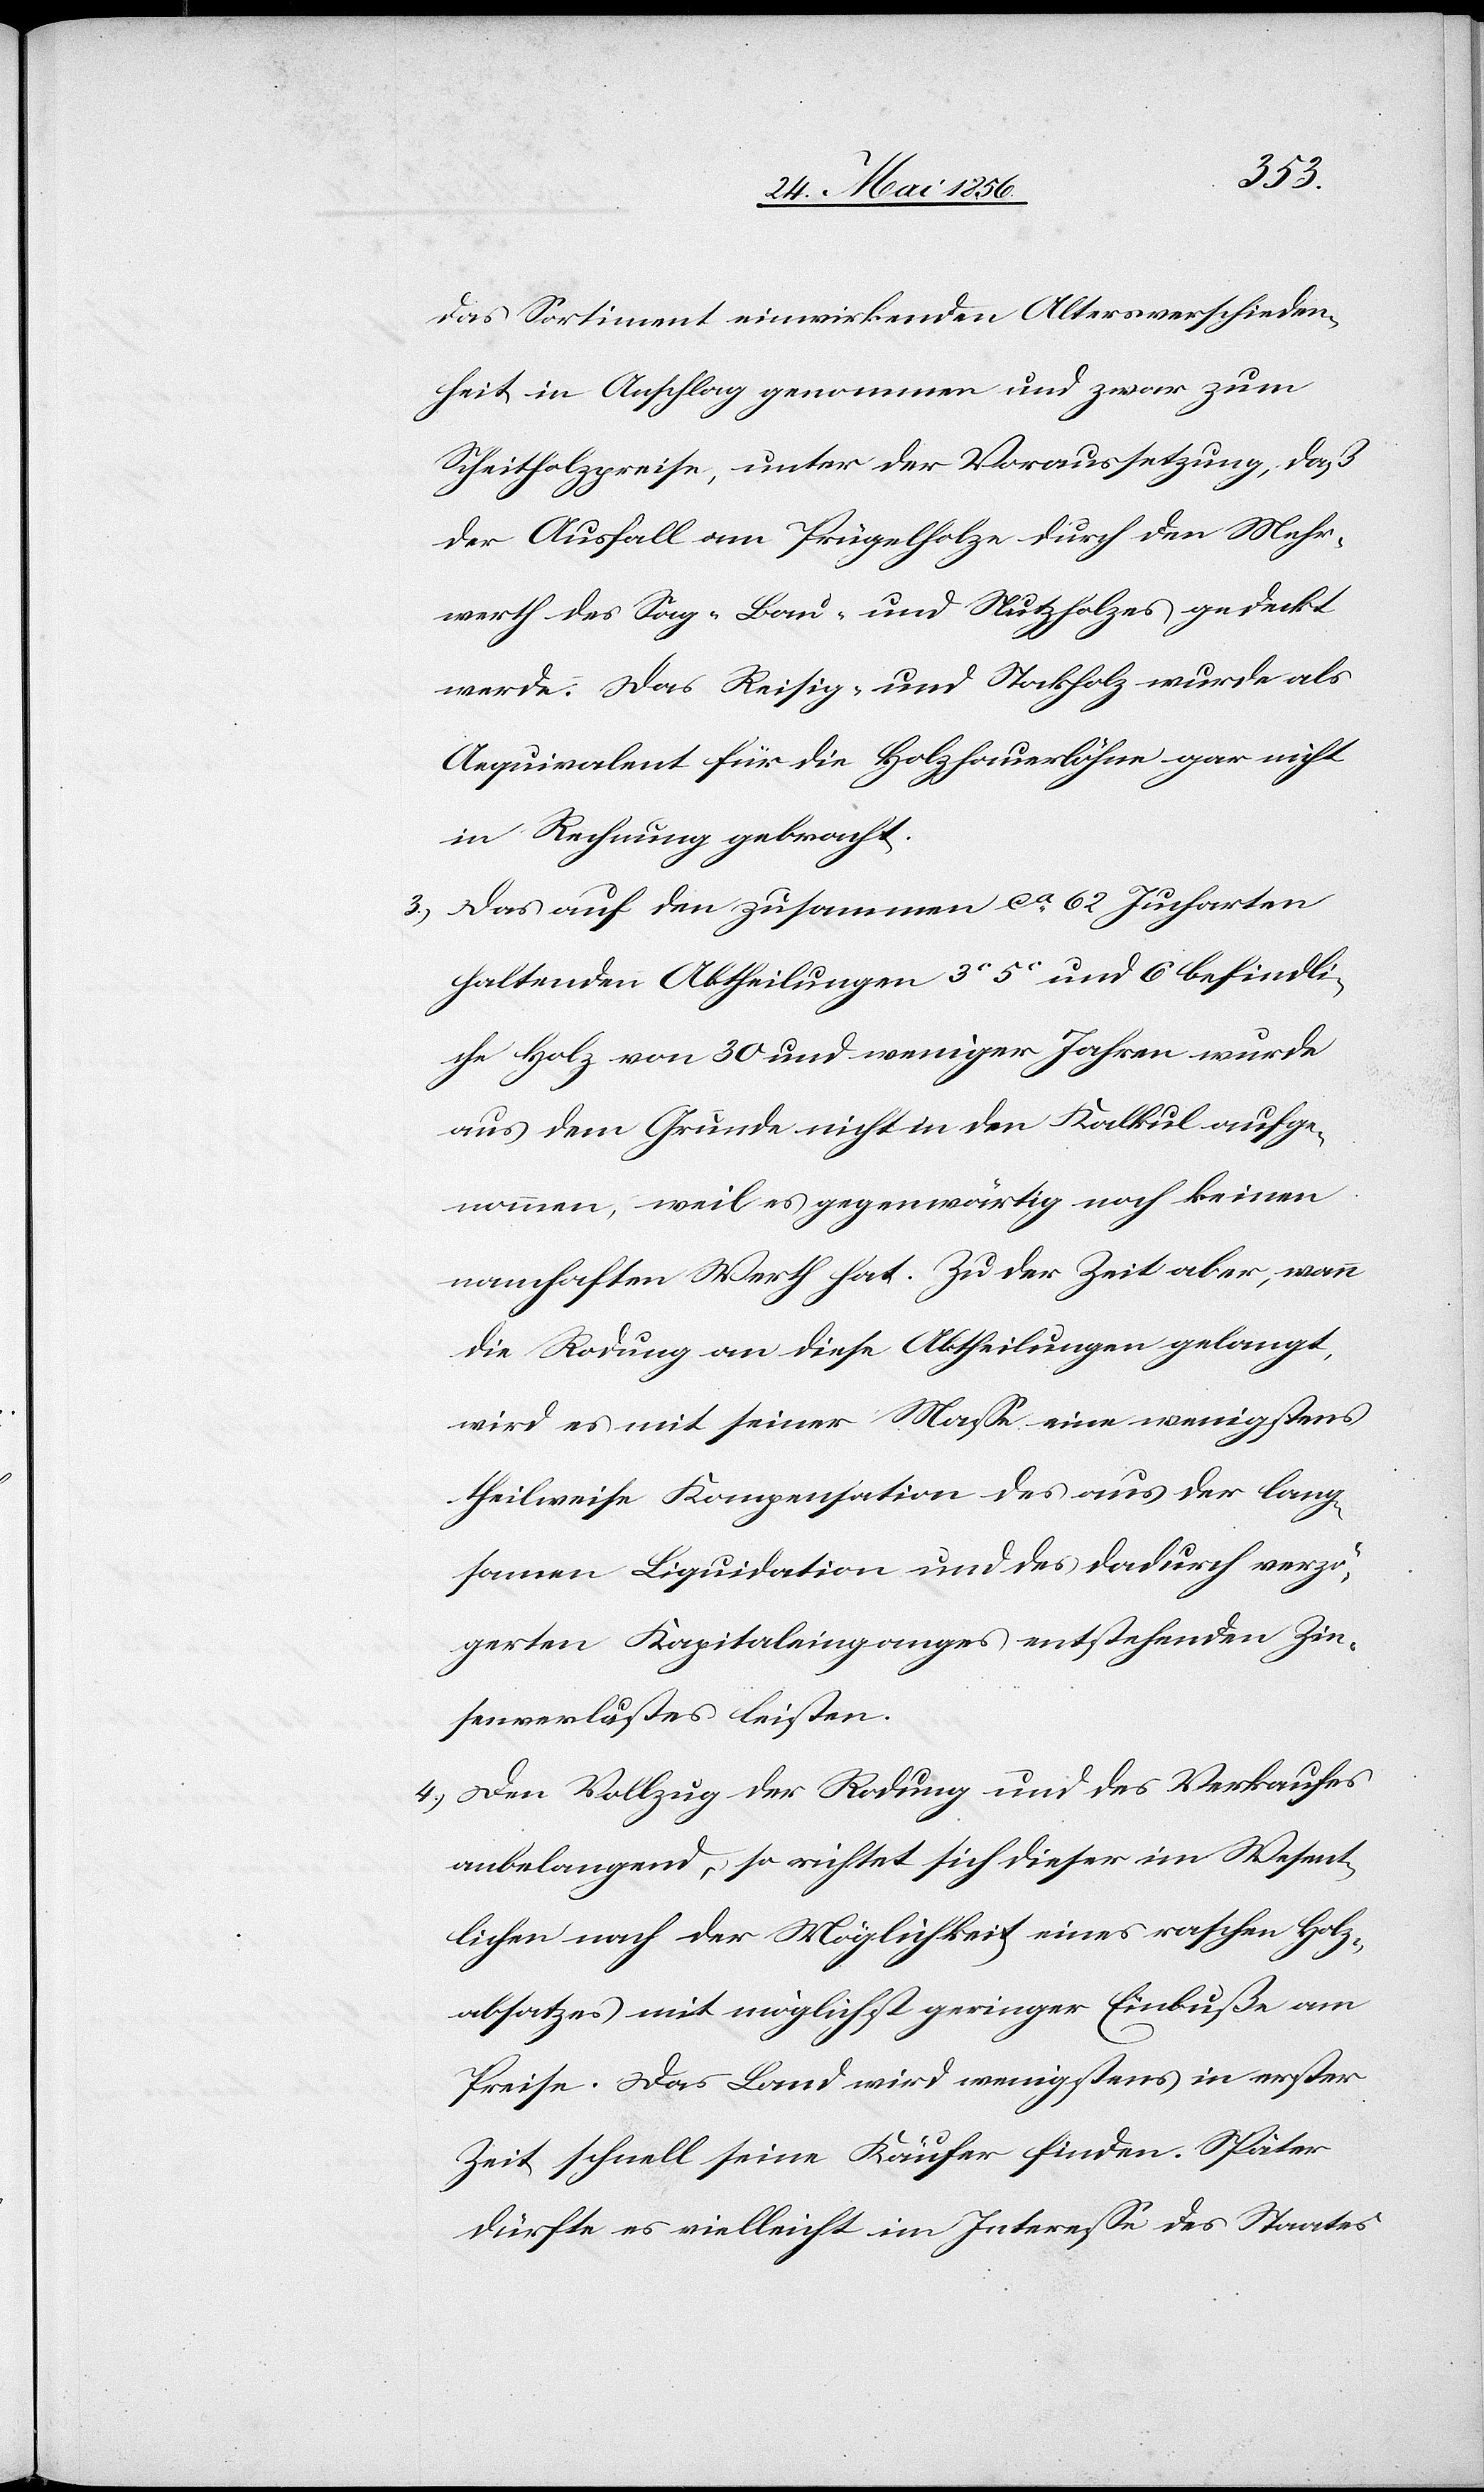
das Sortiment einwirkenden Altersverschieden¬
heit in Anschlag genommen und zwar zum
Scheitholzpreise, unter der Voraussetzung, daß
der Ausfall am Prügelholze durch den Mehr¬
werth des Sag-[,] Bau- und Nutzholzes gedeckt
werde. Das Reisig- und Stockholz wurde als
Aequivalent für die Holzhauerlöhne gar nicht
in Rechnung gebracht.
3.) Das auf den zusammen ca 62 Jucharten
haltenden Abtheilungen 3c [,] 5c und 6 befindli¬
che Holz von 30 und weniger Jahren wurde
aus dem Grunde nicht in den Kalkul aufge¬
nommen, weil es gegenwärtig noch keinen
namhaften Werth hat: Zu der Zeit aber, wann
die Rodung an diese Abtheilungen gelangt,
wird es mit seiner Masse eine wenigstens
theilweise Kompensation des aus der lang¬
samen Liquidation und des dadurch verzö¬
gerten Kapitaleinganges entstehenden Zin¬
senverlustes leisten.
4.) Den Vollzug der Rodung und des Verkaufes
anbelangend, so richtet sich dieser im Wesent¬
lichen nach der Möglichkeit eines raschen Holz¬
absatzes mit möglichst geringer Einbuße am
Preise. Das Land wird wenigstens in erster
Zeit schnell seine Käufer finden. Später
dürfte es vielleicht im Interesse des Staates